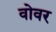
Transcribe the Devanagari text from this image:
वोवर